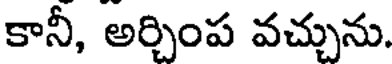
కానీ, అర్చింప వచ్చును.